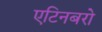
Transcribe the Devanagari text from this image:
एटिनबरो